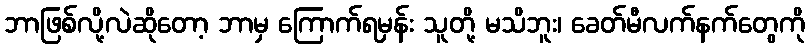
ဘာဖြစ်လို့လဲဆိုတော့ ဘာမှ ကြောက်ရမှန်း သူတို့ မသိဘူး၊ ခေတ်မီလက်နက်တွေကို